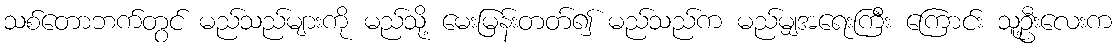
သစ်တောဘက်တွင် မည်သည်များကို မည်သို့ မေးမြန်းတတ်၍ မည်သည်က မည်မျှအရေးကြီး ကြောင်း သူ့ဦးလေးက